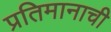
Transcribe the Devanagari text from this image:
प्रतिमानाची